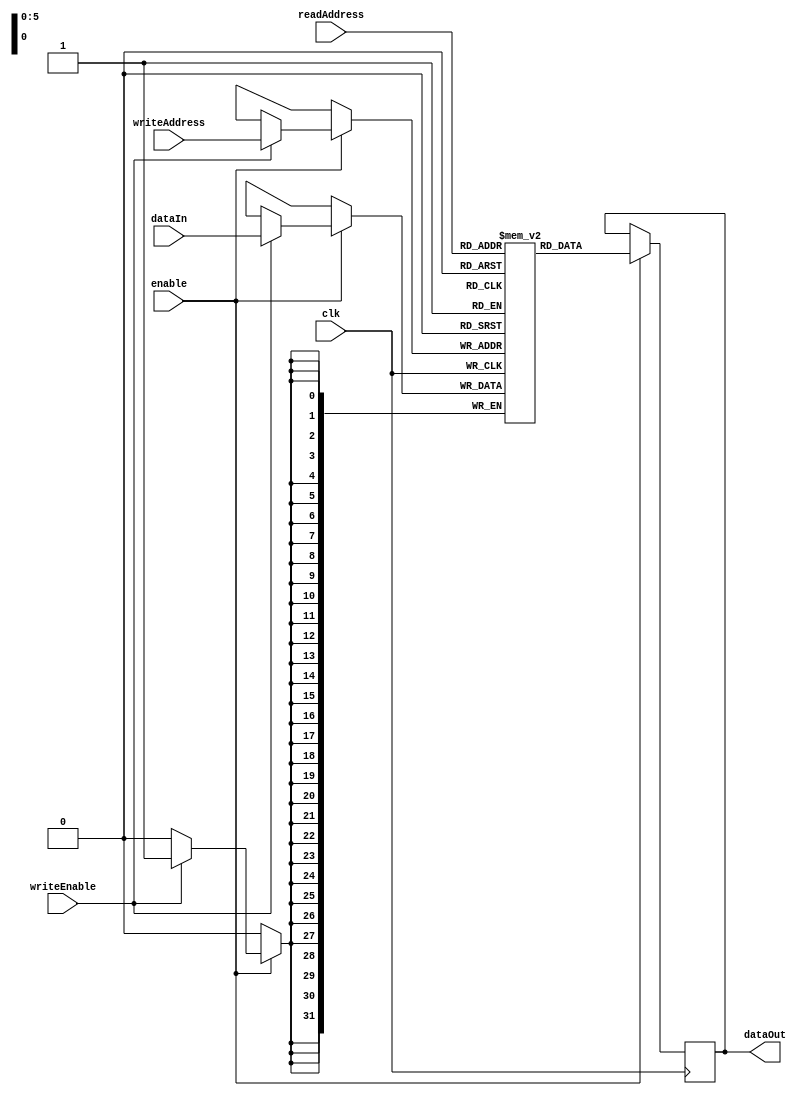
module MemoryBlocksShadowRegisterFile (
    input wire clk,
    input wire enable,
    input wire [5:0] readAddress,
    input wire [5:0] writeAddress,
    input wire writeEnable,
    input wire [31:0] dataIn,
    output reg [31:0] dataOut
);

reg [31:0] shadowRegisters [63:0]; // Declaring an array of 64 32-bit registers for shadow registers

always @(posedge clk) begin
    if(enable) begin
        if(writeEnable) begin
            shadowRegisters[writeAddress] <= dataIn; // Writing data to the specified shadow register
        end
        dataOut <= shadowRegisters[readAddress]; // Reading data from the specified shadow register
    end
end

endmodule